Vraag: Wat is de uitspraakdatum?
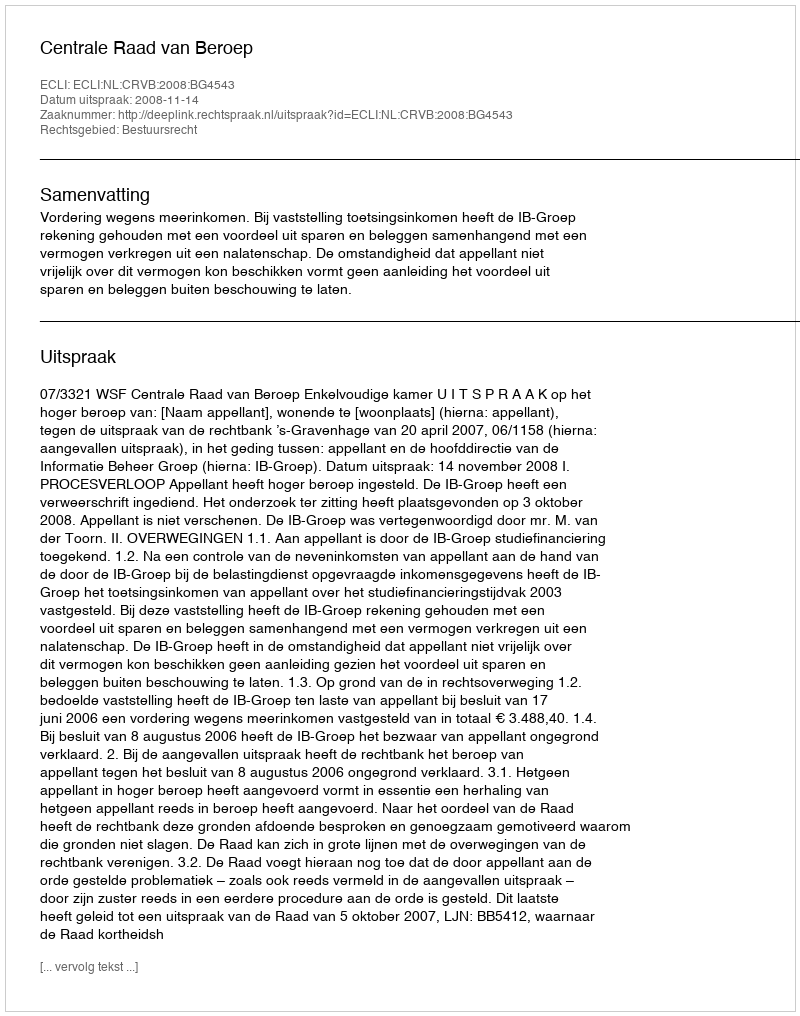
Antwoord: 2008-11-14